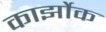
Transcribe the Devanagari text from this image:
कार्झोक